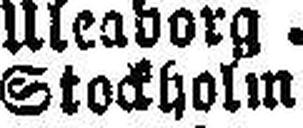
Stockholm